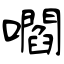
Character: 嚪